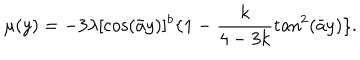
LaTeX: \mu ( y ) = - 3 \lambda [ \cos ( \bar { a } y ) ] ^ { b } \{ 1 - \frac { k } { 4 - 3 k } \tan ^ { 2 } ( \bar { a } y ) \} .